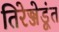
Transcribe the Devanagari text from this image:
तिरेञ्जेडूंत